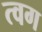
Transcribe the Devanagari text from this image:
त्वग